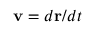
\mathbf { v } = d \mathbf { r } / d t